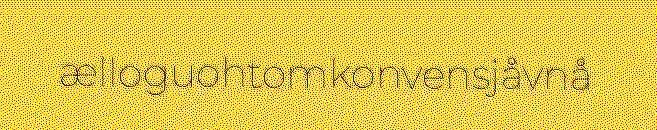
ælloguohtomkonvensjåvnå